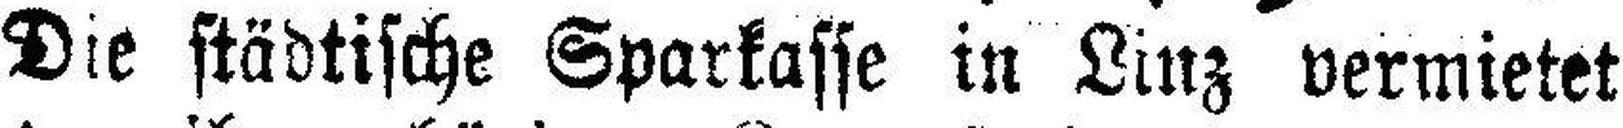
Die städtische Sparkasse in Linz vermietet